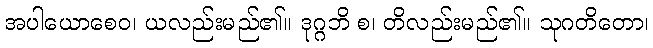
အပါယောစေဝ၊ ယလည်းမည်၏။ ဒုဂ္ဂဘိ စ၊ တိလည်းမည်၏။ သုဂတိတော၊